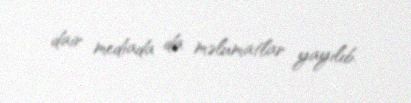
dair mediada da məlumatlar yayılıb.